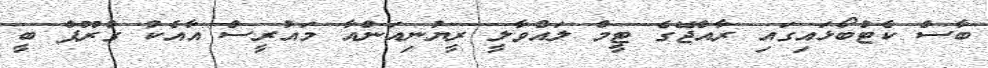
ބާސް ކެޓްބޯޅައިގައި ރާއްޖޭގެ ޓީމް ލައްވާލީ ރީޔުނިއަންއާ މައުރީސް އާއެކު ގުރޫޕް ބީ